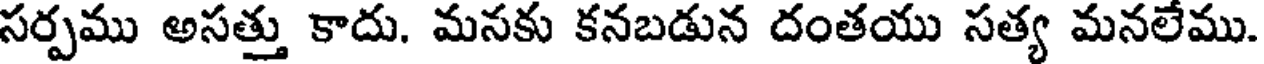
సర్పము అసత్తు కాదు. మనకు కనబడున దంతయు సత్య మనలేము.